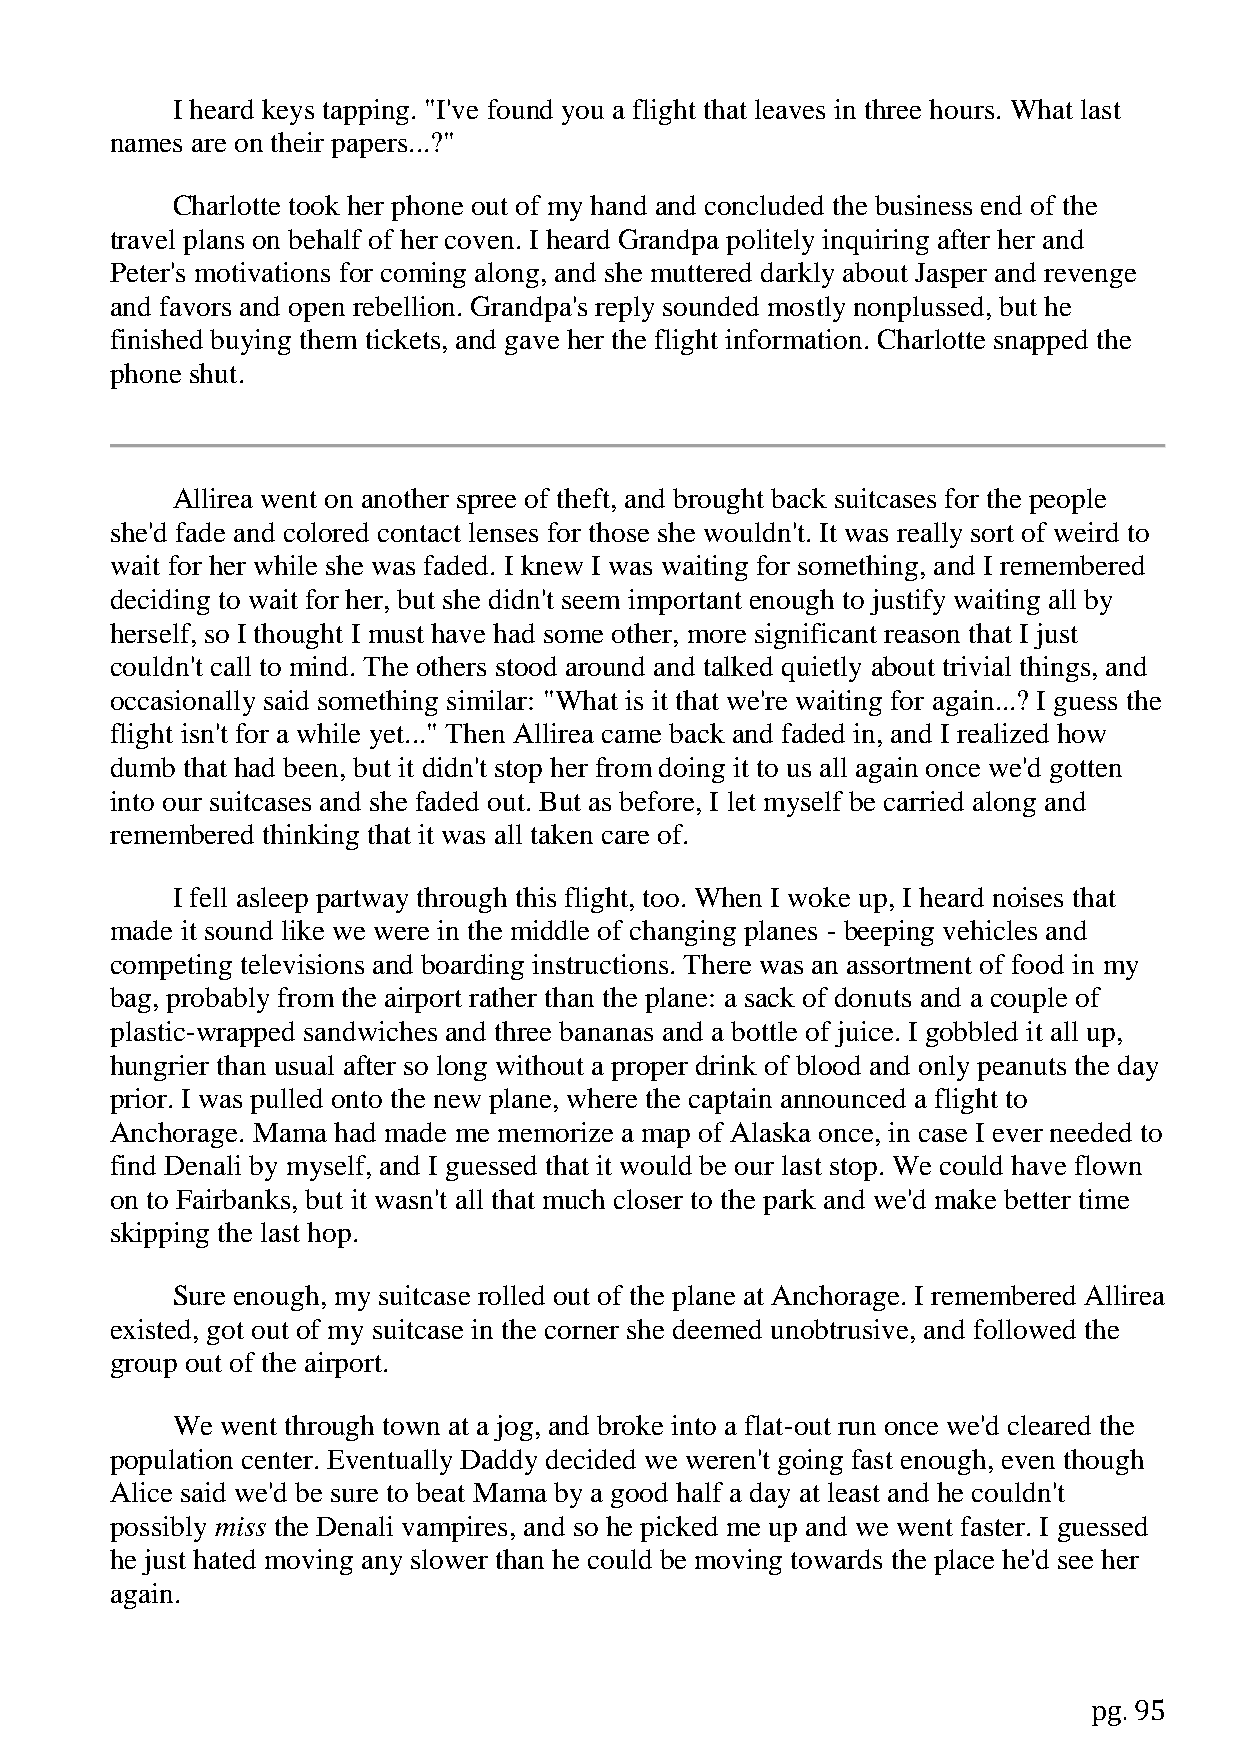
I heard keys tapping. "I've found you a flight that leaves in three hours. What last
 names are on their papers...?"
 Charlotte took her phone out of my hand and concluded the business end of the
 travel plans on behalf of her coven. I heard Grandpa politely inquiring after her and
 Peter's motivations for coming along, and she muttered darkly about Jasper and revenge
 and favors and open rebellion. Grandpa's reply sounded mostly nonplussed, but he
 finished buying them tickets, and gave her the flight information. Charlotte snapped the
 phone shut.
 Allirea went on another spree of theft, and brought back suitcases for the people
 she'd fade and colored contact lenses for those she wouldn't. It was really sort of weird to
 wait for her while she was faded. I knew I was waiting for something, and I remembered
 deciding to wait for her, but she didn't seem important enough to justify waiting all by
 herself, so I thought I must have had some other, more significant reason that I just
 couldn't call to mind. The others stood around and talked quietly about trivial things, and
 occasionally said something similar: "What is it that we're waiting for again...? I guess the
 flight isn't for a while yet..." Then Allirea came back and faded in, and I realized how
 dumb that had been, but it didn't stop her from doing it to us all again once we'd gotten
 into our suitcases and she faded out. But as before, I let myself be carried along and
 remembered thinking that it was all taken care of.
 I fell asleep partway through this flight, too. When I woke up, I heard noises that
 made it sound like we were in the middle of changing planes - beeping vehicles and
 competing televisions and boarding instructions. There was an assortment of food in my
 bag, probably from the airport rather than the plane: a sack of donuts and a couple of
 plastic-wrapped sandwiches and three bananas and a bottle of juice. I gobbled it all up,
 hungrier than usual after so long without a proper drink of blood and only peanuts the day
 prior. I was pulled onto the new plane, where the captain announced a flight to
 Anchorage. Mama had made me memorize a map of Alaska once, in case I ever needed to
 find Denali by myself, and I guessed that it would be our last stop. We could have flown
 on to Fairbanks, but it wasn't all that much closer to the park and we'd make better time
 skipping the last hop.
 Sure enough, my suitcase rolled out of the plane at Anchorage. I remembered Allirea
 existed, got out of my suitcase in the corner she deemed unobtrusive, and followed the
 group out of the airport.
 We  went through town at a jog, and broke into a flat-out run once we'd cleared the
 population center. Eventually Daddy decided we weren't going fast enough, even though
 Alice said we'd be sure to beat Mama by a good half a day at least and he couldn't
 possibly miss the Denali vampires, and so he picked me up and we went faster. I guessed
 he just hated moving any slower than he could be moving towards the place he'd see her
 again.
 pg. 95